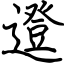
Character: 邆